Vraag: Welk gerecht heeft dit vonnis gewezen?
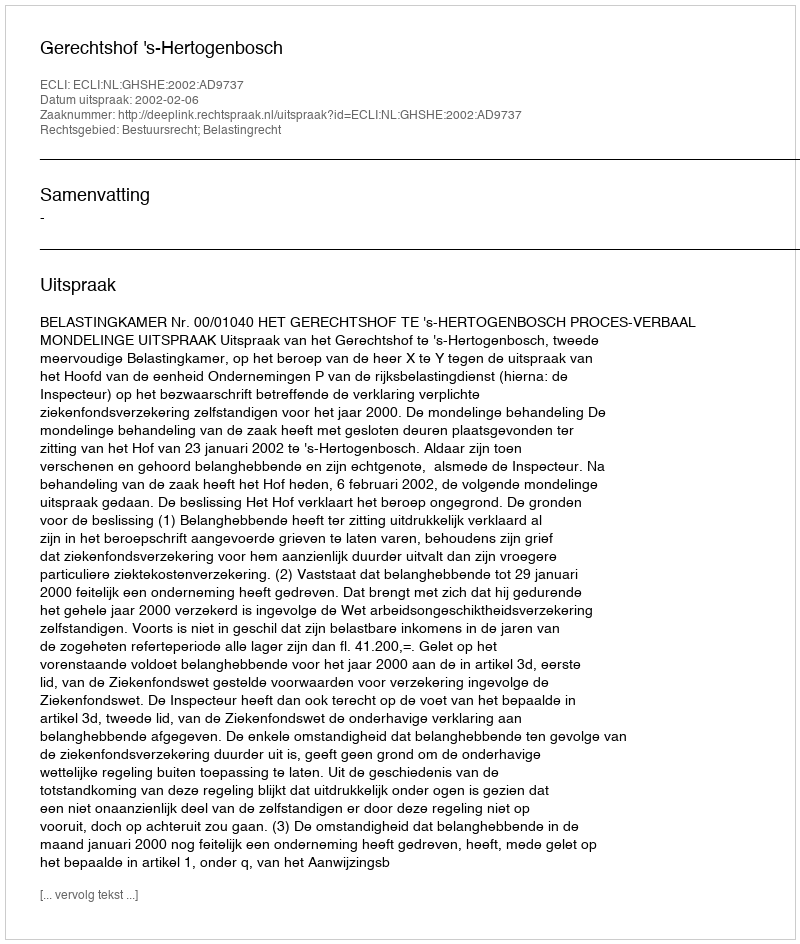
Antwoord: Gerechtshof 's-Hertogenbosch